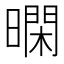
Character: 𭧴